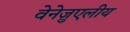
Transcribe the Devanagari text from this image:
वेनेज़ुएलीय